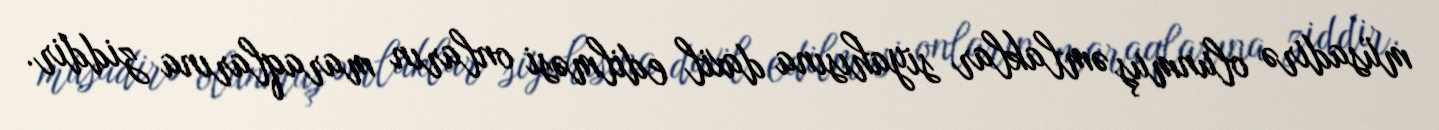
müsadirə olunmuş əmlaklar siyahısına daxil edilməsi onların maraqlarına ziddir.